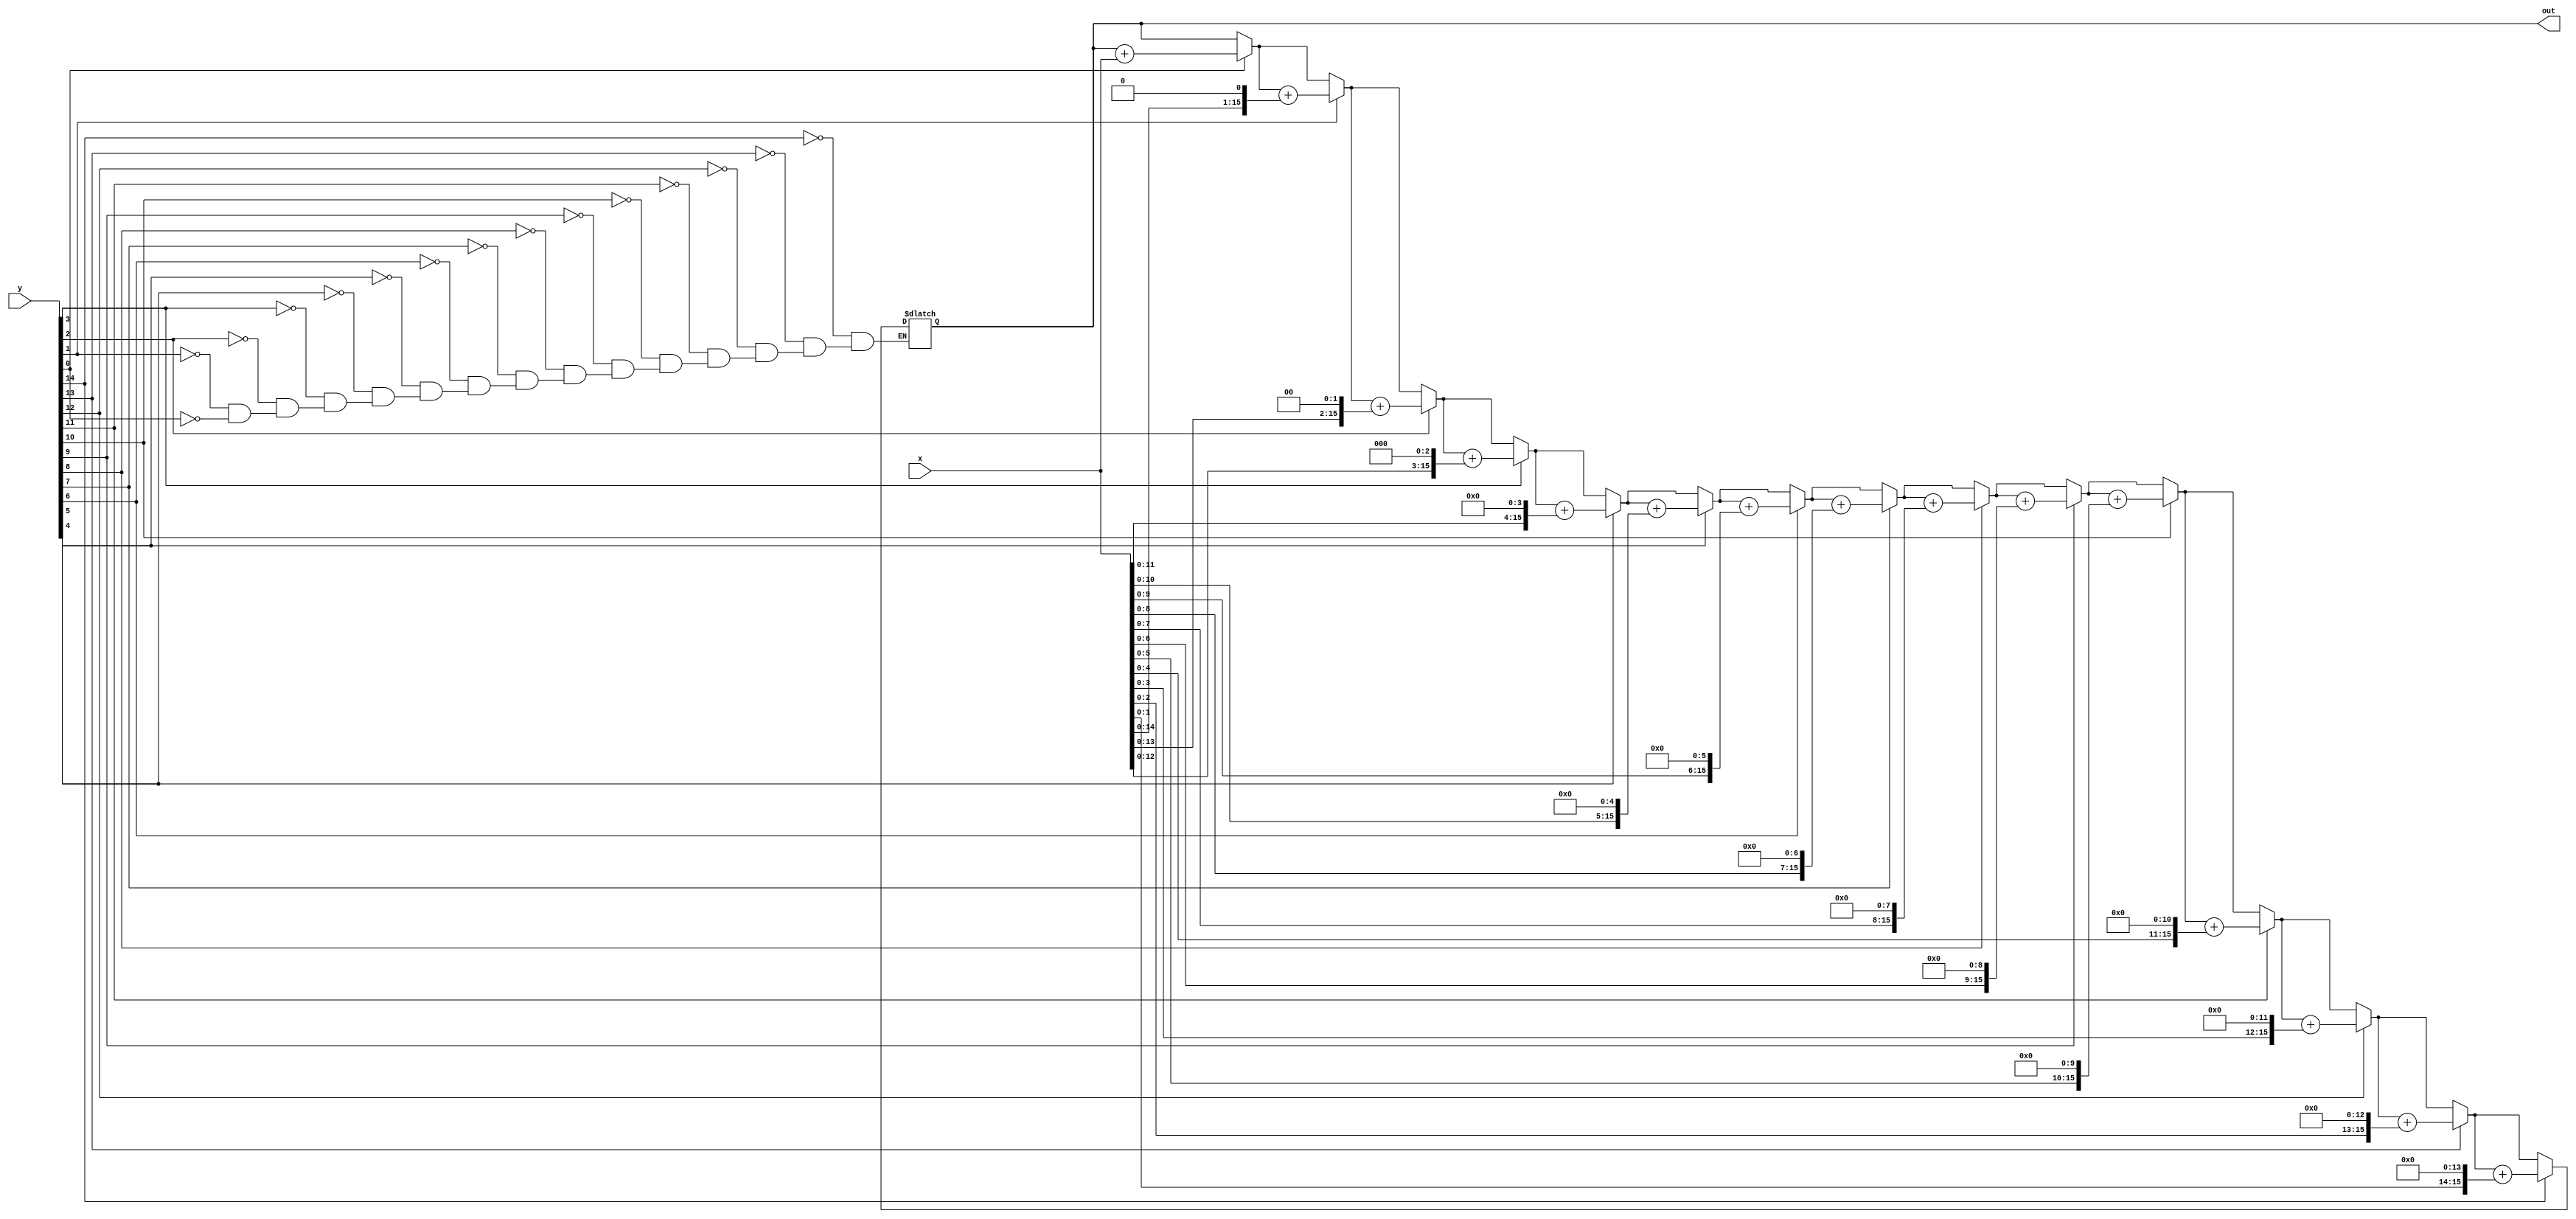
module multiply(out,x,y);

output [31:0]out;
input [15:0]x,y;
reg [31:0]out = 0;
reg [15:0]a;
integer i;

always@(x,y)
begin
  a=x;
 for(i=0;i<15;i=i+1)
  begin
   if(y[i])
     begin
     out=out+a; 
     end
     a=a<<1;
  end
end
endmodule